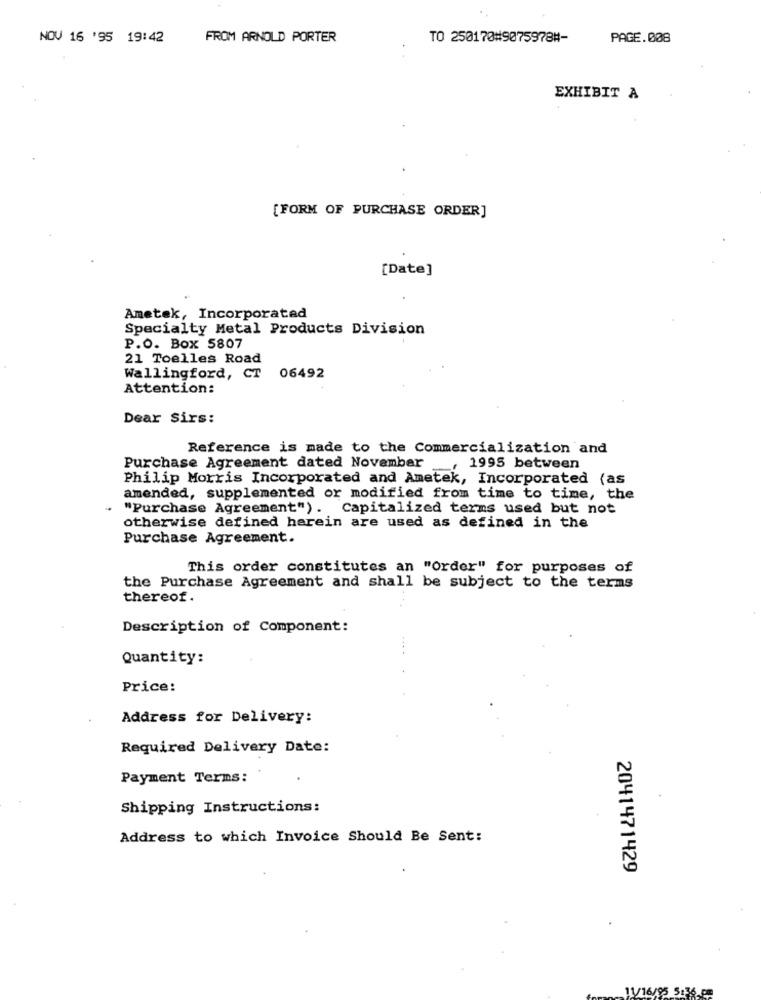
NOV 16 '95 19:42
FROM ARNOLD PORTER
TO 250170#9075978#-
PAGE. 008
EXHIBIT A
[FORM OF PURCHASE ORDER]
[Date]
Ametek, Incorporated
Specialty Metal Products Division
P.O. Box 5807
21 Toelles Road
Wallingford, CT
06492
Attention:
Dear Sirs:
Reference is made to the Commercialization and
Purchase Agreement dated November
, 1995 between
Philip Morris Incorporated and Ametek, Incorporated (as
amended, supplemented or modified from time to time, the
"Purchase Agreement"). Capitalized terms used but not
otherwise defined herein are used as defined in the
Purchase Agreement.
This order constitutes an "Order" for purposes of
the Purchase Agreement and shall be subject to the terms
thereof.
Description of Component:
Quantity:
Price:
Address for Delivery:
Required Delivery Date:
Payment Terms:
Shipping Instructions:
Address to which Invoice Should Be Sent:
2041471429
11/16/05 5:36 pm